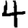
Digit: 4